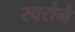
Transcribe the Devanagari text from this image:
स्वरोने